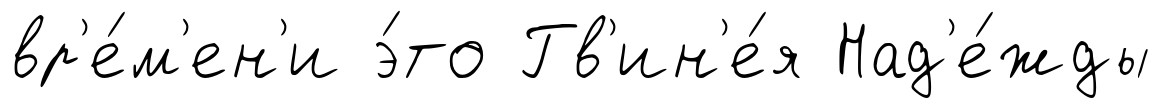
вр'е́м'ен'и э́то Гв'ин'е́я Над'е́жды